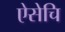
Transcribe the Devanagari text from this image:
ऐसेचि